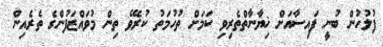
ފުލުހުން ބުނީ ފައިސާއަށް ޚިޔާނާތްތެރިވި ކަމަށް ތުހުމަތު ކުރެވޭ ތިން މުވައްޒަފުންގެ ތެރެއިން